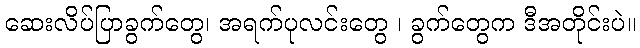
ဆေးလိပ်ပြာခွက်တွေ၊ အရက်ပုလင်းတွေ ၊ ခွက်တွေက ဒီအတိုင်းပဲ။